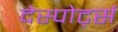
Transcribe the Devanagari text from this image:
देस्पोर्ट्स